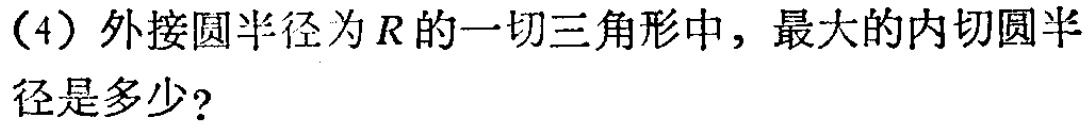
（4）外接圆半径为\(R\)的一切三角形中，最大的内切圆半径是多少？